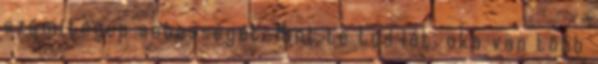
számítógép sebességét. Mint te tud lát, oka van több